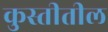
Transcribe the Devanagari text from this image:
कुस्तीतील